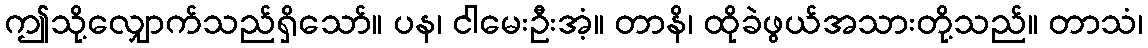
ဤသို့လျှောက်သည်ရှိသော်။ ပန၊ ငါမေးဦးအံ့။ တာနိ၊ ထိုခဲဖွယ်အသားတို့သည်။ တာသံ၊